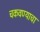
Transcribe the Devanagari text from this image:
चकवण्याचा